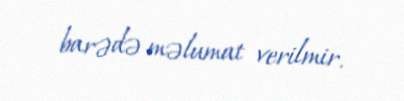
barədə məlumat verilmir.